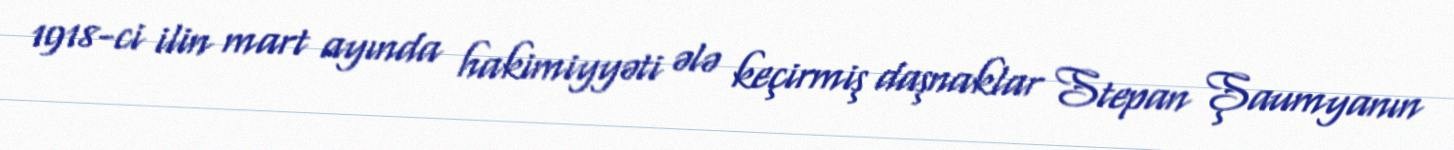
1918-ci ilin mart ayında hakimiyyəti ələ keçirmiş daşnaklar Stepan Şaumyanın